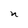
Character: n